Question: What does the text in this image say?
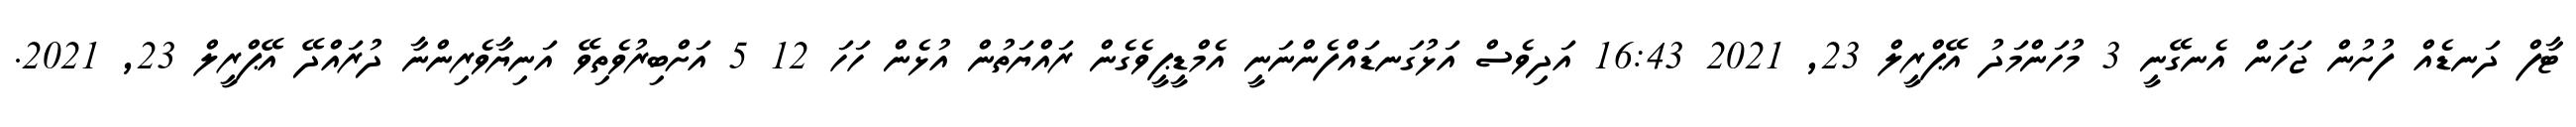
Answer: ޓާފް ދަނޑެއް ފުށުން ޖަހަން އެނގޭނީ 3 މުހަންމަދު އޭޕްރީލް 23, 2021 16:43 އަދިވެސް އަޅުގަނޑައްފެންނަނީ އެމްޑީޕީވެގެން ރައްޔަތުން އުޅެން ހަހަ 12 5 އަށްބިރުވެތިވޭ އަނިޔާވެރިންނާ ދުރައްދޭ އޭޕްރީލް 23, 2021.